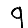
Digit: 9